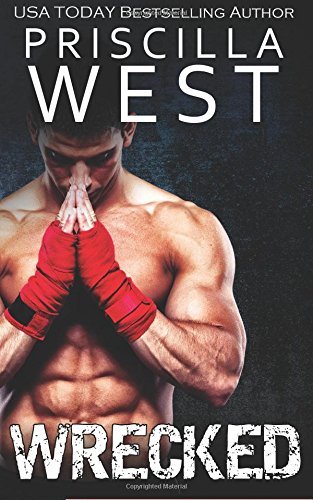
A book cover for Wrecked; Priscilla West; Sports & Outdoors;